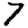
Digit: 7